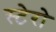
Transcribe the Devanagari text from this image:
स्टेरो